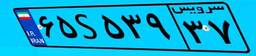
۶۵S۵۳۹۳۷